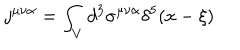
j ^ { \mu \nu \alpha } = \int _ { V } d ^ { 3 } \sigma ^ { \mu \nu \alpha } \delta ^ { 5 } ( x - \xi )